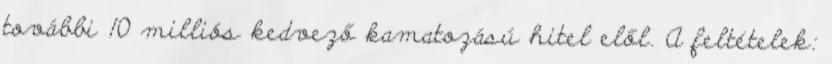
további 10 milliós kedvező kamatozású hitel elől. A feltételek: